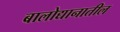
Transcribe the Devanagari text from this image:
बालोद्यानातील